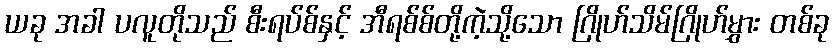
ယခု အခါ ပလူတိုသည် စီးရပ်စ်နှင့် အီရစ်စ်တို့ကဲ့သို့သော ဂြိုဟ်သိမ်ဂြိုဟ်မွှား တစ်ခု